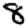
Digit: 8